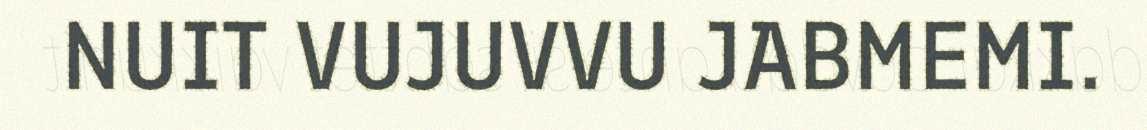
NUIT VUJUVVU JABMEMI.